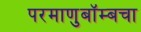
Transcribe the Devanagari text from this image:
परमाणुबॉम्बचा